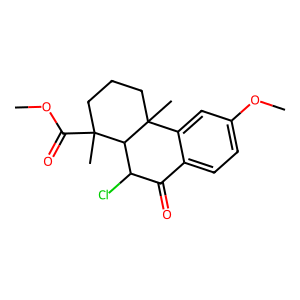
SMILES: COC(=O)C1(C)CCCC2(C)c3cc(OC)ccc3C(=O)C(Cl)C12
Inhibits HIV replication: No